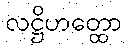
လဋ္ဌိဟတ္ထော